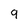
Character: 9